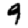
Digit: 9